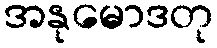
အနုမောဒတု